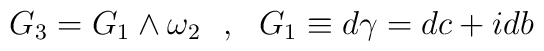
G_3 = G_1 \wedge \omega_2~~,~~ G_1 \equiv d\gamma = dc + i db